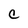
Character: C